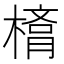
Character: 𣙛